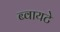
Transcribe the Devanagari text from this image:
ब्वायटे